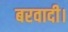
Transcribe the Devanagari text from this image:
बरवादी।